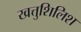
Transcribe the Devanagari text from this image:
खत्तुशिलिश